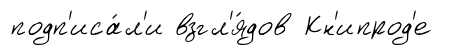
подп'иса́л'и взгл'я́дов Кн'ипрод'е